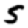
Digit: 5